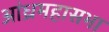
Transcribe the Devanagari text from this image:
आंध्रमहासभा